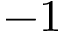
- 1